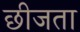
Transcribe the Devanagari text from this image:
छीजता